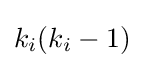
k_{i}(k_{i}-1)